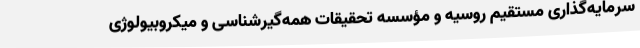
سرمایه‌گذاری مستقیم روسیه و مؤسسه تحقیقات همه‌گیرشناسی و میکروبیولوژی